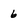
Character: 6